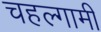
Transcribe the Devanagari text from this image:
चहल्गामी